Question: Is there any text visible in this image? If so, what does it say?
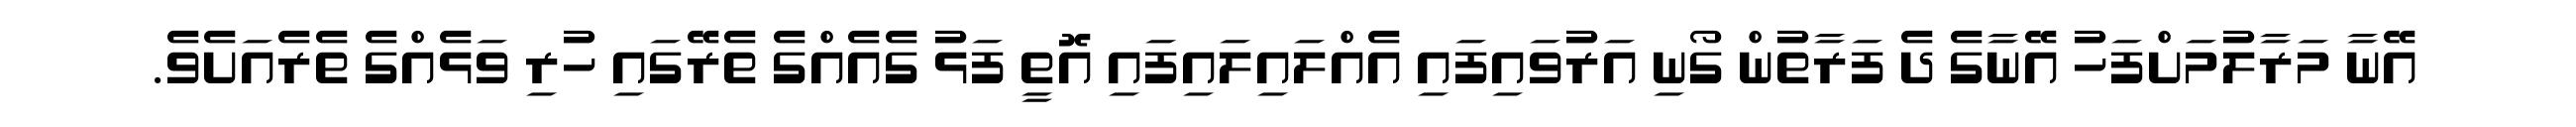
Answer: އޭނާ މަރާލުމަށްފަހު އޭނާގެ ދެ ފަރާތުން ގޯނި އަރުވައިފައި އެއްލައިލައިފައި އޮތީ ފަޅު ގެއެއްގެ ތެރޭގައި ހުރި ވަޅެއްގެ ތެރެއަށެވެ.